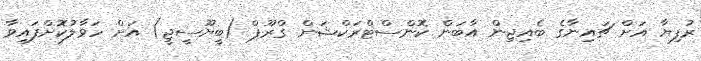
ރުފިޔާ އަށް ޗައިނާގެ ބެއިޖިން އާބަން ކޮންސްޓްރަކްޝަން ގްރޫޕް (ބީޔޫސީޖީ) އަށް ހަވާލުކޮށްފައިވާ